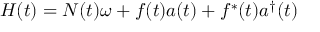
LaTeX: H ( t ) = N ( t ) \omega + f ( t ) a ( t ) + f ^ { * } ( t ) a ^ { \dagger } ( t )